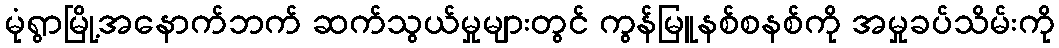
မုံရွာမြို့အနောက်ဘက် ဆက်သွယ်မှုများတွင် ကွန်မြူနစ်စနစ်ကို အမှုခပ်သိမ်းကို